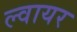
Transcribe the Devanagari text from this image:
ल्वायर